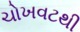
ચોખવટથી